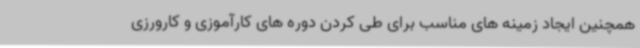
همچنین ایجاد زمینه های مناسب برای طی کردن دوره های کارآموزی و کارورزی